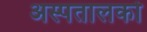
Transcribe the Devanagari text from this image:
अस्पतालको